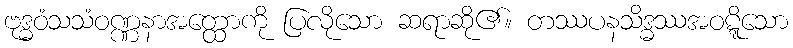
ဗုဒ္ဓဝံသသံဝဏ္ဏနာအတ္ထောကို ပြလိုသော ဆရာဆို၏။ တဿပနသိဒ္ဓဿအဝဋ္ဋိသော